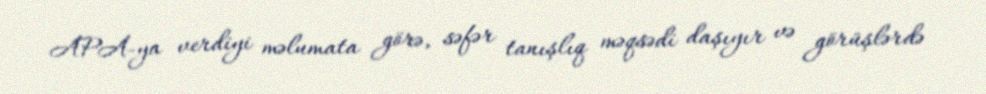
APA-ya verdiyi məlumata görə, səfər tanışlıq məqsədi daşıyır və görüşlərdə